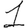
Digit: 1